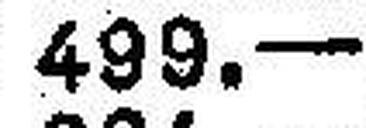
499.—